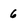
Character: 6